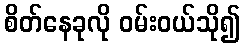
စိတ်နေခုလို ဝမ်းဝယ်သို၍